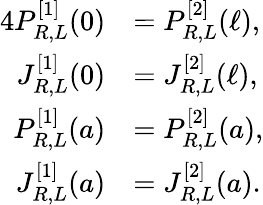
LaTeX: \begin{array}{rl}{{4}P_{R,L}^{[1]}(0)}&{=P_{R,L}^{[2]}(\ell),}\\ {J_{R,L}^{[1]}(0)}&{=J_{R,L}^{[2]}(\ell),}\\ {P_{R,L}^{[1]}(a)}&{=P_{R,L}^{[2]}(a),}\\ {J_{R,L}^{[1]}(a)}&{=J_{R,L}^{[2]}(a).}\end{array}